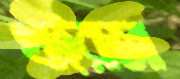
থাইরাজা